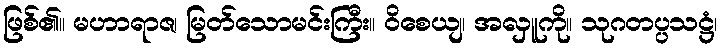
ဖြစ်၏။ မဟာရာဇ၊ မြတ်သောမင်းကြီး။ ဝိစေယျ၊ အလှူကို။ သုဂတပ္ပသဋ္ဌံ၊